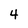
Character: 4